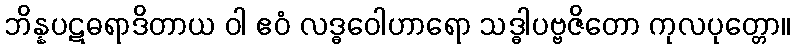
ဘိန္နပဋဓရာဒိတာယ ဝါ ဧဝံ လဒ္ဓဝေါဟာရော သဒ္ဓါပဗ္ဗဇိတော ကုလပုတ္တော။